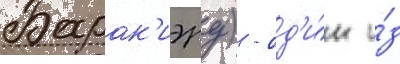
Барак'иэру) - од'и́н и́з